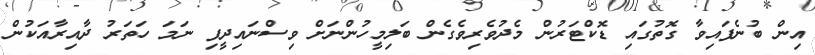
އިން ބުނެފައިވާ ގޮތުގައި ޑޮކްޓަރުން މެދުވެރިވެގެން ބަލިމީހުންނަށް ވިސްނައިދީފި ނަމަ ހަތަރު ދާއިރާއަކުން